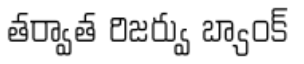
తర్వాత రిజర్వు బ్యాంక్